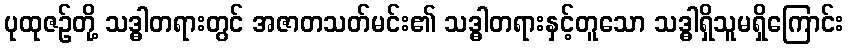
ပုထုဇဉ်တို့ သဒ္ဓါတရားတွင် အဇာတသတ်မင်း၏ သဒ္ဓါတရားနှင့်တူသော သဒ္ဓါရှိသူမရှိကြောင်း